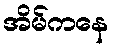
အိမ်ကနေ